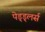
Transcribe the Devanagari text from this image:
पेड्ड्लर्स